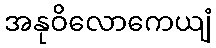
အနုဝိလောကေယျံ